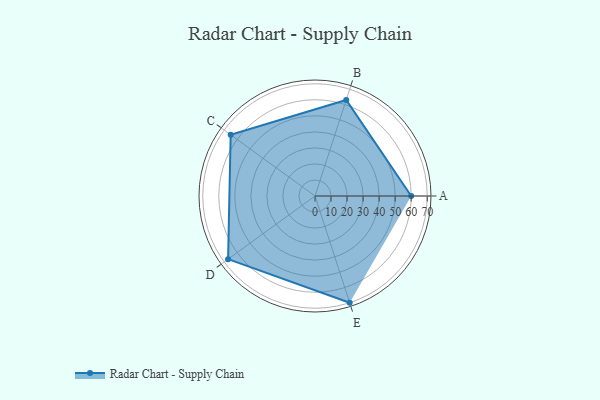
{"axis": {"x": "Skill", "y": "Score"}, "legend": ["Profile"], "data": [{"x": "A", "y": 60.0, "type": "Profile"}, {"x": "B", "y": 63.0, "type": "Profile"}, {"x": "C", "y": 65.0, "type": "Profile"}, {"x": "D", "y": 67.0, "type": "Profile"}, {"x": "E", "y": 70.0, "type": "Profile"}]}